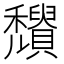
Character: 𥤒